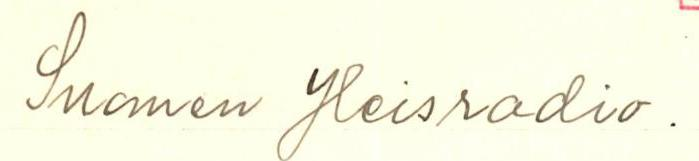
Suomen Yleisradio .